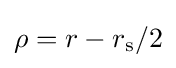
\rho =r-r_{\mathrm {s} }/2